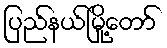
ပြည်နယ်မြို့တော်